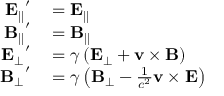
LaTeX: \begin{array} { r l } { \mathbf { E _ { \parallel } } ^ { \prime } } & { { } = \mathbf { E _ { \parallel } } } \\ { \mathbf { B _ { \parallel } } ^ { \prime } } & { { } = \mathbf { B _ { \parallel } } } \\ { \mathbf { E _ { \bot } } ^ { \prime } } & { { } = \gamma \left( \mathbf { E } _ { \bot } + \mathbf { v } \times \mathbf { B } \right) } \\ { \mathbf { B _ { \bot } } ^ { \prime } } & { { } = \gamma \left( \mathbf { B } _ { \bot } - { \frac { 1 } { c ^ { 2 } } } \mathbf { v } \times \mathbf { E } \right) } \end{array}